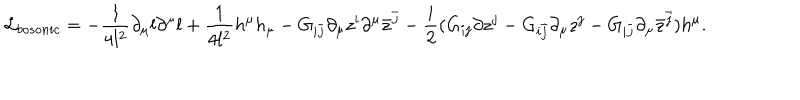
LaTeX: { \cal L } _ { b o s o n i c } = - \frac { 1 } { 4 l ^ { 2 } } \partial _ { \mu } l \partial ^ { \mu } l + \frac { 1 } { 4 l ^ { 2 } } h ^ { \mu } h _ { \mu } - G _ { i { \bar { j } } } \partial _ { \mu } z ^ { i } \partial ^ { \mu } { \bar { z } } ^ { \bar { j } } - \frac { i } { 2 } ( G _ { i j } \partial z ^ { j } - G _ { i { \bar { j } } } \partial _ { \mu } z ^ { j } - G _ { i { \bar { j } } } \partial _ { \mu } { \bar { z } } ^ { \bar { j } } ) h ^ { \mu } .